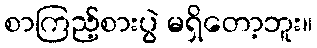
စာကြည့်စားပွဲ မရှိတော့ဘူး။